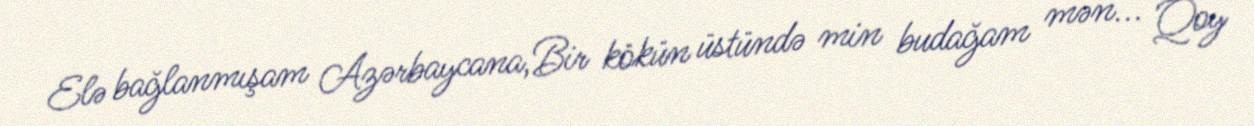
Elə bağlanmışam Azərbaycana,Bir kökün üstündə min budağam mən... Qoy